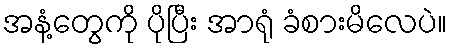
အနံ့တွေကို ပိုပြီး အာရုံ ခံစားမိလေပဲ။